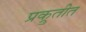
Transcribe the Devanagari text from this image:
प्रक्रुतीत